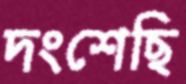
দংশেছি